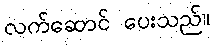
လက်ဆောင် ပေးသည်။